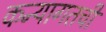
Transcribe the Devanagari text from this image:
कन्यागतची